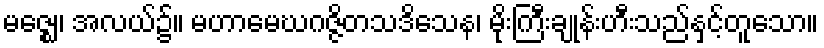
မဇ္ဈေ၊ အလယ်၌။ မဟာမေဃဂဇ္ဇိတသဒိသေန၊ မိုးကြီးချုန်းဟီးသည်နှင့်တူသော။